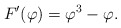
\begin{align*}F'(\varphi) = \varphi^3 - \varphi.\end{align*}